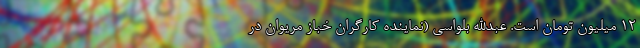
۱۲ میلیون تومان است. عبدالله بلواسی (نماینده کارگران خباز مریوان در